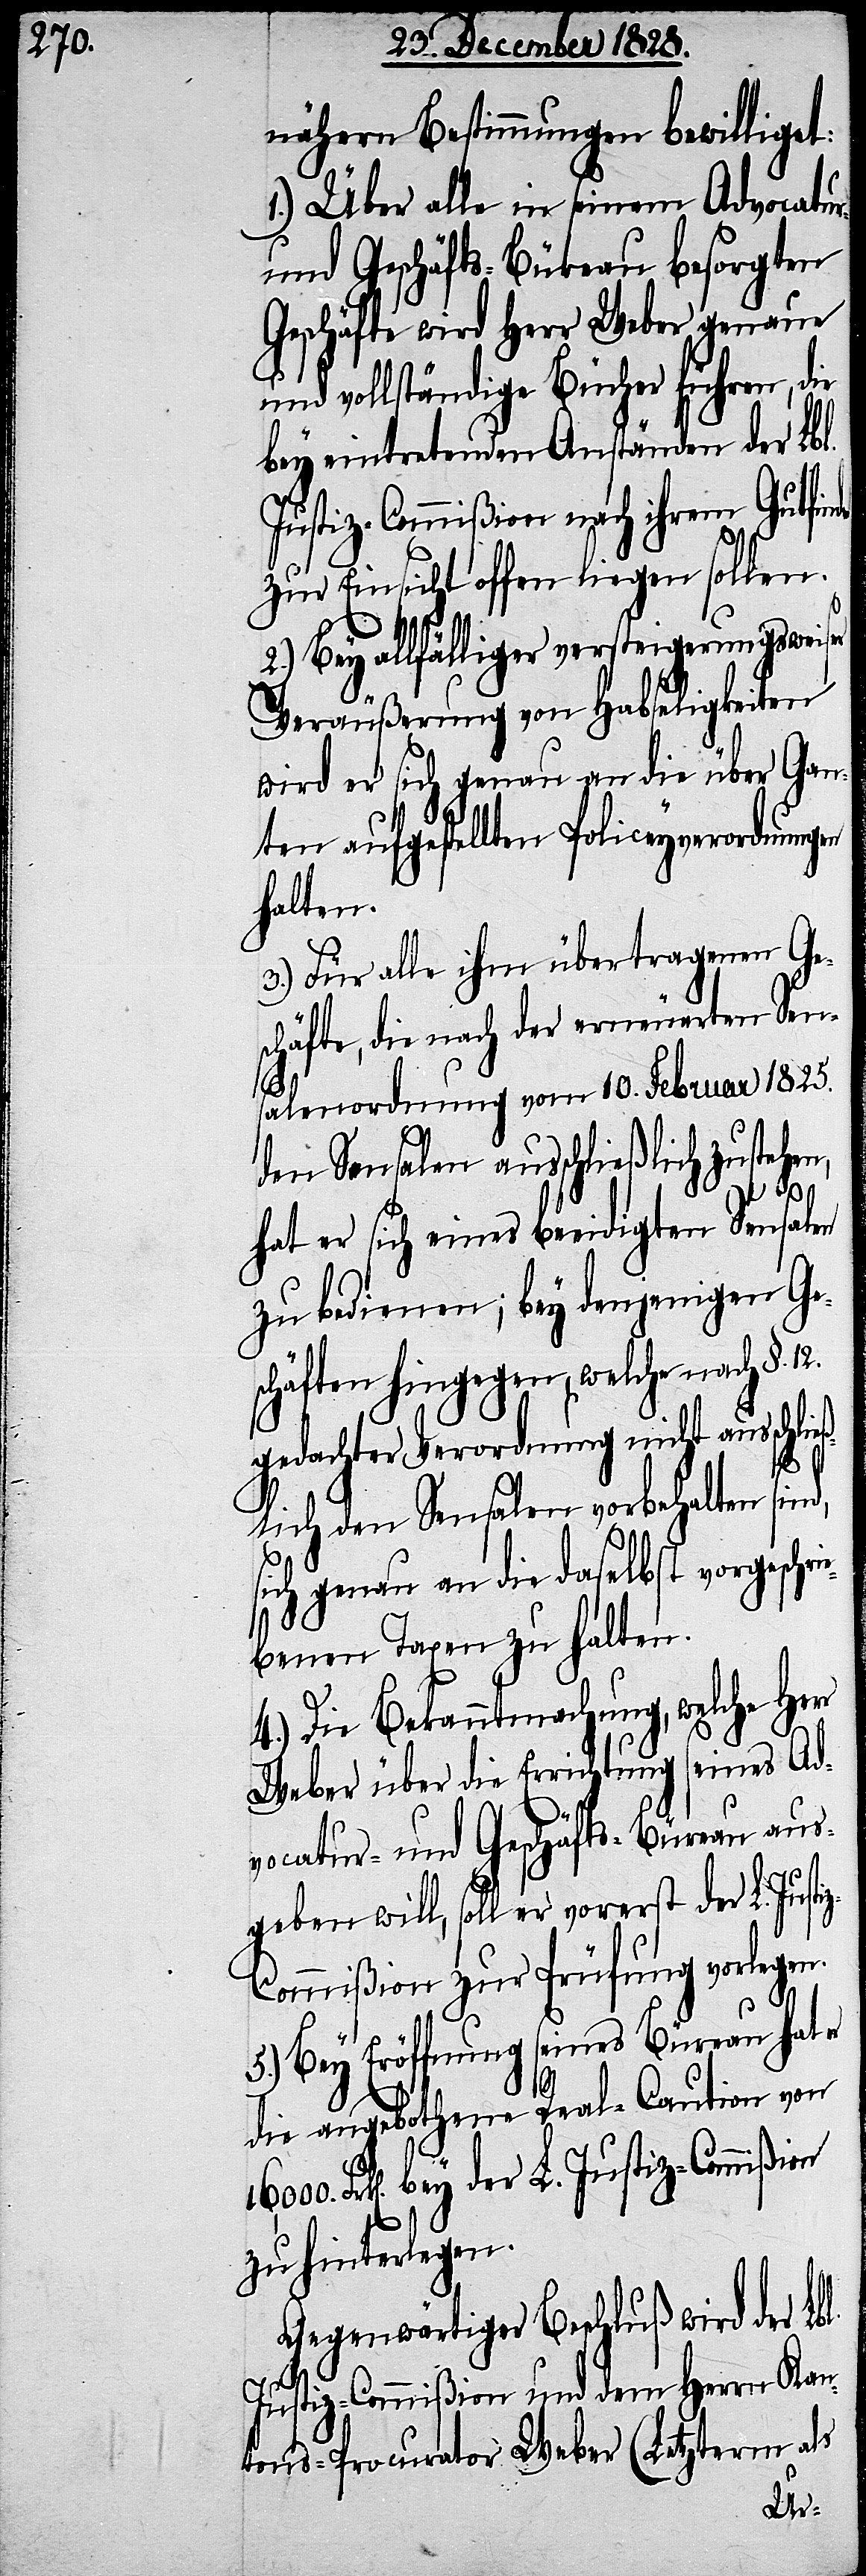
nähern Bestimmungen bewilliget:
1.) Über alle in seinem Advocatur-
und Geschäfts-Büreau besorgten
Geschäfte wird Herr Weber genaue
und vollständige Bücher führen, die
bey eintretenden Anständen der Lbl.
Justiz-Commißion nach ihrem Gutfin¬
zur Einsicht offen liegen sollen.
2.) Bey allfälliger versteigerungsweiser
Veräußerung von Habseligkeiten
wird er sich genau an die über Gan¬
ten aufgestellten Policeyverordnungen
halten.
3.) Für alle ihm übertragenen Ge¬
schäfte, die nach der erneuerten Sen¬
salenordnung vom 10. Februar 1825.
den Sensalen ausschließlich zustehe¬
eß¬
hat er sich eines beeidigten Sensalen
zu bedienen; bey denjenigen Ge¬
schäften hingegen, welche nach §.
gedachter Verordnung nicht ausschli¬
lich den Sensalen vorbehalten sind,
sich genau an die daselbst vorgeschr¬
benen Taxen zu halten.
4.) Die Bekanntmachung, welche Her¬
Weber über die Errichtung seines Ad¬
vocatur- und Geschäfts-Büreau aus¬
geben will, soll er vore¬
mißion zur Prüfung vorlegen.
Bey Eröffnung seines Büreau hat
die angebothene Real-Caution von
Frk[en]. bey der L. Justiz-Commißion
zu hinterlegen.
Gegenwärtiger Beschluß wird der Lbl.
Justiz-Commißion und dem Herrn Kan¬
tons-Procurator Weber (Letzterm als
r